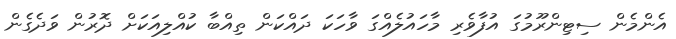
އެންމެން ސިޓިންރޫމުގަ އުފާވެރި މާހައުލެއްގަ ވާހަކަ ދައްކަން ތިއްބާ ކުއްލިއަކަށް ދޮރުން ވަދެގެން